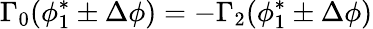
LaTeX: \Gamma_{0}(\phi_{1}^{*}\pm\Delta\phi)=-\Gamma_{2}(\phi_{1}^{*}\pm\Delta\phi)